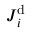
\boldsymbol { J } _ { i } ^ { \mathrm { d } }